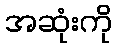
အဆုံးကို